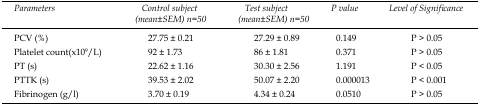
| Parameters | Control subject (mean±SEM) n=50 | Test subject (mean±SEM)n=50 | P value | Level of Significance |
 | --- | --- | --- | --- | --- |
 | PCV (%) | 27.75 ± 0.21 | 27.29 ± 0.89 | 0.149 | P > 0.05 |
 | Platelet count(x109/L) | 92 ± 1.73 | 86 ± 1.81 | 0.371 | P > 0.05 |
 | PT (s) | 22.62 ± 1.16 | 30.30 ± 2.56 | 1.191 | P < 0.05 |
 | PTTK (s) | 39.53 ± 2.02 | 50.07 ± 2.20 | 0.000013 | P < 0.001 |
 | Fibrinogen (g/l) | 3.70 ± 0.19 | 4.34 ± 0.24 | 0.0510 | P > 0.05 |